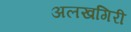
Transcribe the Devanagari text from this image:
अलखगिरी